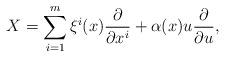
LaTeX: \begin{align*}X = \sum_{i=1}^m \xi^i(x) \frac{\partial}{\partial x^i} + \alpha(x) u \frac{\partial}{\partial u},\end{align*}